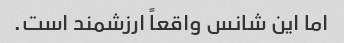
اما این شانس واقعاً ارزشمند است.